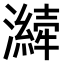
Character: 𤂁